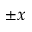
\pm x